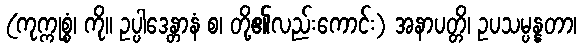
(ကုက္ကုစ္စံ၊ ကို။ ဥပ္ပါဒေန္တာနံ စ၊ တို့၏လည်းကောင်း) အနာပတ္တိ၊ ဥပသမ္ပန္နတာ၊